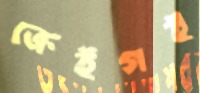
ক্রেইগই